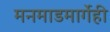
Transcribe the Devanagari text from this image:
मनमाडमार्गेही